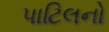
પાટિલનો